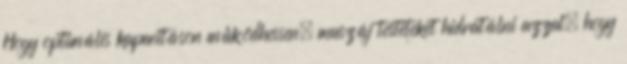
Hogy optimális kapacitáson működhessen, muszáj testeteket hidratálni azzal, hogy